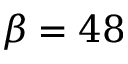
\beta = 4 8